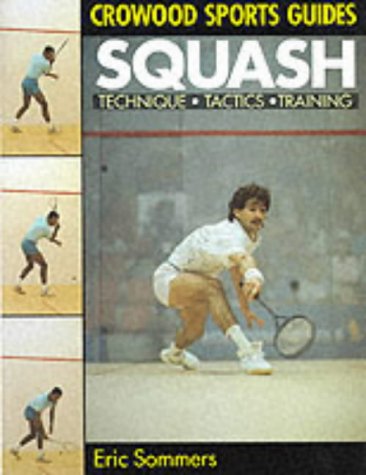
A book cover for Squash: Technique, Tactics, Training (Crowood Sports Guides); Eric Sommers; Sports & Outdoors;